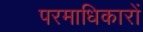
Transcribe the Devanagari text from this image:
परमाधिकारों